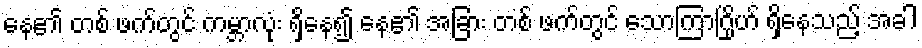
နေ၏ တစ် ဖက်တွင် ကမ္ဘာလုံး ရှိနေ၍ နေ၏ အခြား တစ် ဖက်တွင် သောကြာဂြိုဟ် ရှိနေသည့် အခါ